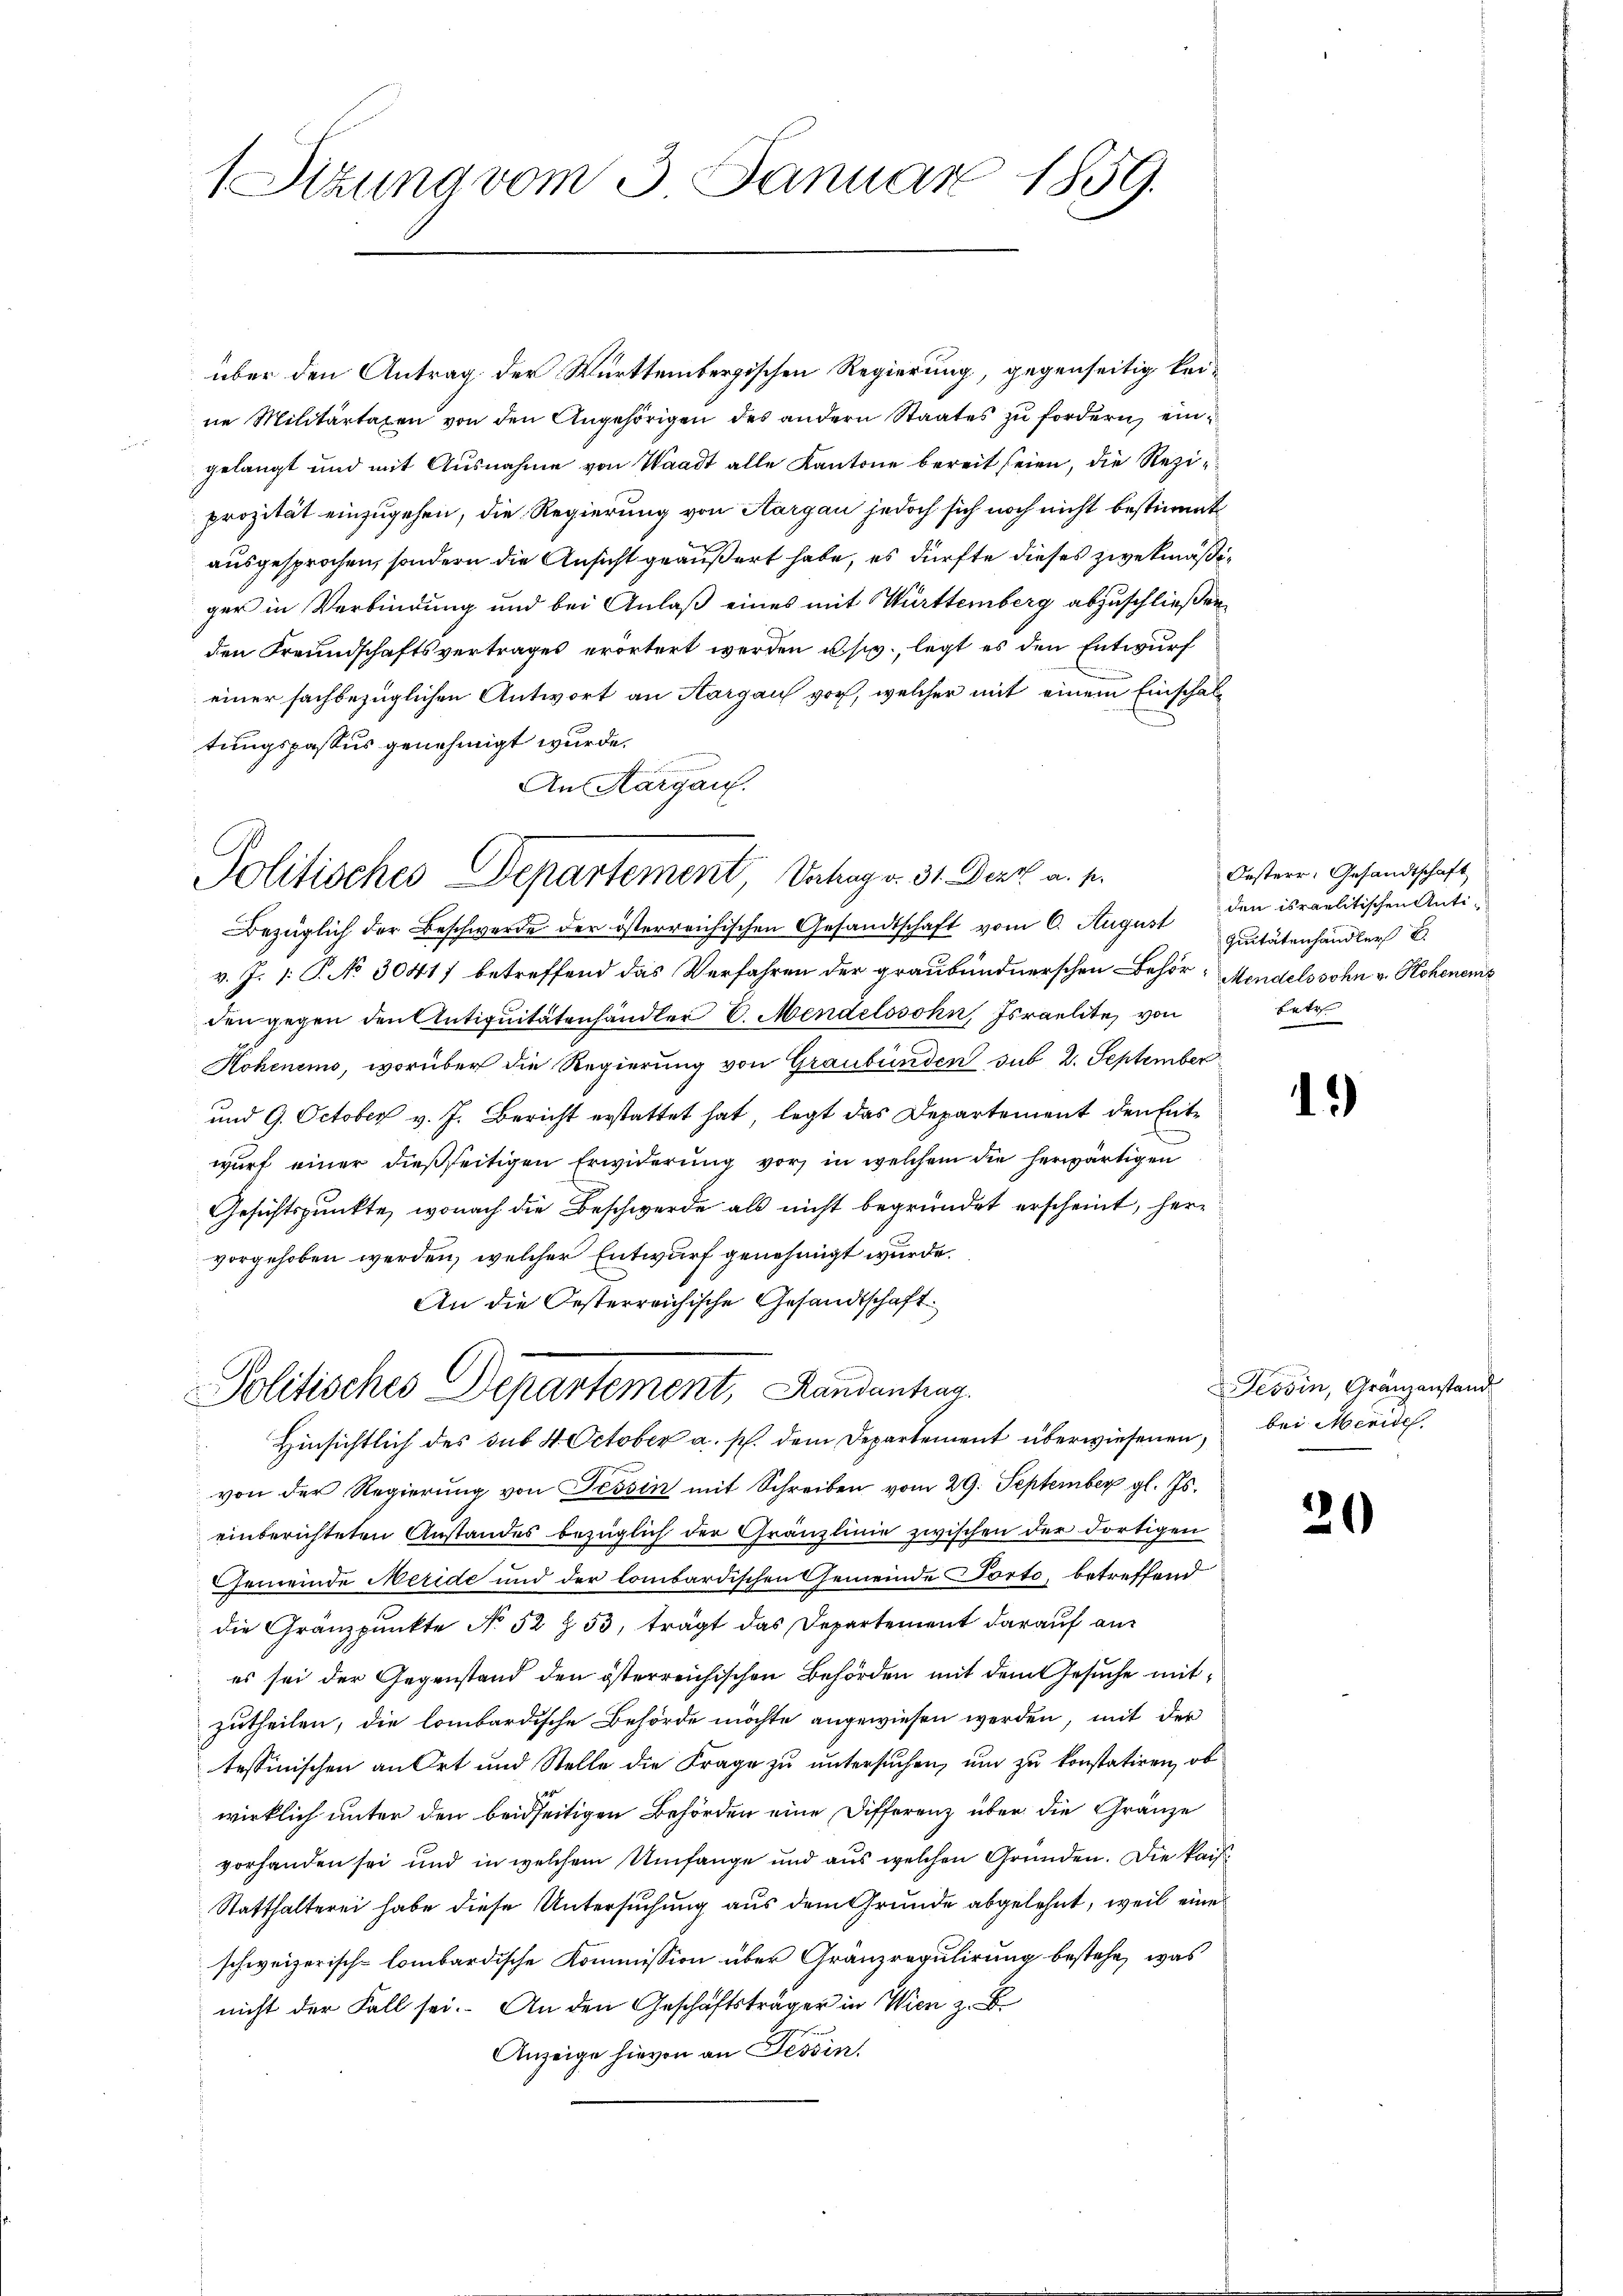
Sizung vom 3. Januar 1859.

über den Antrag der Württembergischen Regierung, gegenseitig keine Militärtaxen von den Angehörigen des andern Staates zu fordern, eingelangt und mit Ausnahme von Waadt alle Kantone bereit seien, die Reziprozität einzugehen, die Regierung von Aargau jedoch sich noch nicht bestimmt
ausgesprochen, sondern die Ansicht geäußert habe, es dürfte dieses zwekmäßiger in Verbindung und bei Anlaß eines mit Württemberg abzuschließen,
den Freundschaftsvertrages erörtert werden u. s w., legt es den Entwurf
einer sachbezüglichen Antwort an Aargau vor, welcher mit einem Einschaltungspassus genehmigt wurde.
An Aargau.
Bezüglich der Beschwerde der österreichischen Gesandtschaft vom 6. August quitätenhändler B.
v. J. 1: P. No 30417 betreffend das Verfahren der graubündnerschen Behör- Mendelssohn v. Hohenens
den gegen den Antiquitätenhändler E. Mendelssohn Israelite, von
Hohenems, worüber die Regierung von Graubünden sub 2. September
und 9. October v. J. Bericht erstattet hat, legt das Departement den Entwurf einer dießseitigen Erwiderung vor, in welchem die herwärtigen
Gesichtspunkte, wonach die Beschwerde als nicht begründet erscheint, hervorgehoben werden, welcher Entwurf genehmigt wurde.
An die Oesterreichische Gesandtschaft
Politisches Departement, Handenhag
 Hinsichtlich des sub. 4. October a. p. dem Departement überwiesenen,
von der Regierŭng von Tessin mit Schreiben vom 29. September gl. Js.
einberichteten Anstandes bezüglich der Gränzlinie zwischen der dortigen
Gemeinde Meride und der lombardischen Gemeinde Porto, betreffend
die Gränzpunkte No 52 § 53, trägt das Departement darauf anes sei der Gegenstand den österreichischen Behörden mit dem Gesuche mitzutheilen, die lombardische Behörde möchte angewiesen werden, mit der
tessinischen an Ort und Stelle die Frage zu untersuchen, um zu konstatiren, ob
wirklich unter den beidseitigen Behörden eine Differenz über die Gränze
vorhanden sei und in welchem Umfange und aus welchen Gründen. Die kais¬
Statthalterei habe diese Untersuchung aus dem Grunde abgelehnt, weil eines
schweizerisch-lombardische Kommission über Gränzregulirung bestehe, was
nicht der Fall sei. An den Geschäftsträger in Wien z. B.
Anzeige hievon an Tessin.

Politisches Departement, Vahag v. 31. Derz a. p.

Oesterr. Gesandtschaft
den israelitischen Anti¬
Ertr

)

Tessin, Gränzanstand
bei Meride.

20